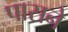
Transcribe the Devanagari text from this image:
पासने